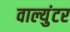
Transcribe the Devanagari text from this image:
वाल्युंटर